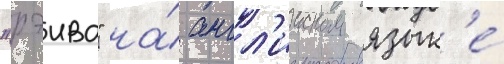
"рэива" на́ англ'ииском язык'е́